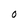
Character: O